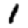
Digit: 1